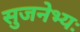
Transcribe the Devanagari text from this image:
सुजनेभ्यः